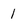
Character: 1